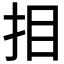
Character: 𢪷